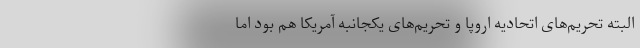
البته تحریم‌های اتحادیه اروپا و تحریم‌های یکجانبه آمریکا هم بود اما